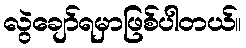
လွဲချော်ရမှာဖြစ်ပါတယ်။